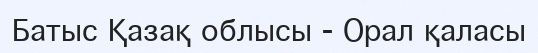
Батыс Қазақ облысы - Орал қаласы